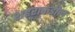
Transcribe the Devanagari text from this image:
शहराकडील